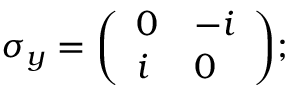
\sigma _ { y } = { \biggl ( } { \begin{array} { l l } { 0 } & { - i } \\ { i } & { 0 } \end{array} } { \biggr ) } ;